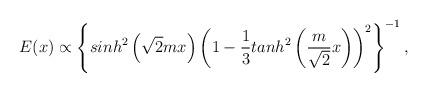
LaTeX: \begin{align*}E(x) \propto\left\{ sinh^2\left(\sqrt{2}mx\right)\left(1-\frac 13 tanh^2\left(\frac{m}{\sqrt 2}x \right)\right)^2\right\}^{-1},\end{align*}